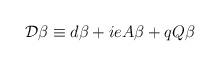
LaTeX: \begin{align*}{\cal{D}} \beta \equiv d\beta +ieA \beta + q Q \beta\end{align*}